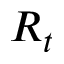
R _ { t }